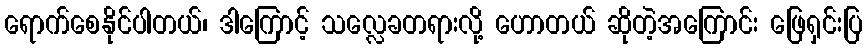
ရောက်စေနိုင်ပါတယ်၊ ဒါကြောင့် သလ္လေခတရားလို့ ဟောတယ် ဆိုတဲ့အကြောင်း ဖြေရှင်းပြ